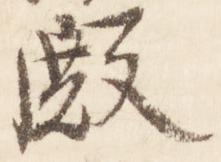
殿